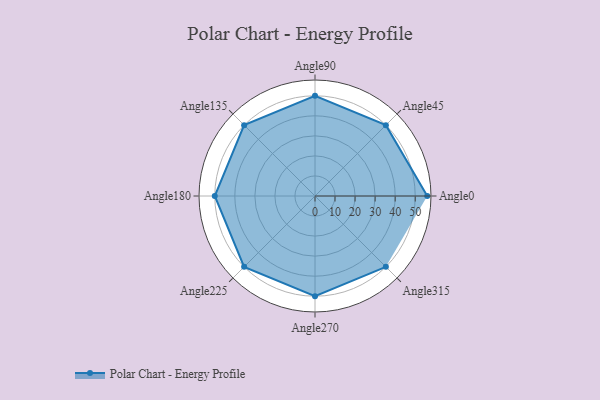
{"axis": {"x": "Angle", "y": "Radius"}, "legend": [""], "data": [{"x": "Angle0", "y": 56.0, "type": ""}, {"x": "Angle45", "y": 50, "type": ""}, {"x": "Angle90", "y": 50, "type": ""}, {"x": "Angle135", "y": 50, "type": ""}, {"x": "Angle180", "y": 50, "type": ""}, {"x": "Angle225", "y": 50, "type": ""}, {"x": "Angle270", "y": 50, "type": ""}, {"x": "Angle315", "y": 50, "type": ""}]}